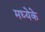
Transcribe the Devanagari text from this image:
मध्येके